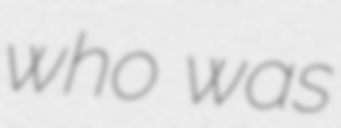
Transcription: who was